Vaccination in Burma 1900-1911 - 1900-1911
Year: 1900
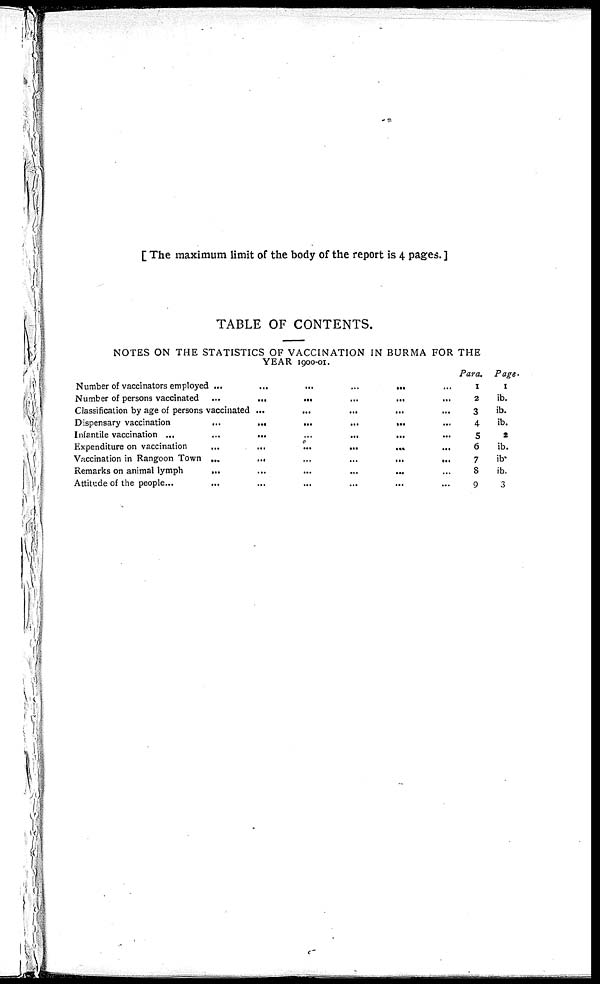
[ The maximum limit of the body of the report is 4 pages. ]
TABLE OF CONTENTS.
NOTES ON THE STATISTICS OF VACCINATION IN BURMA FOR THE
YEAR 1900-01.
Number of vaccinators employed
...
...
...
...
...
...
Number of persons vaccinated
...
...
...
...
...
...
Classification by age of persons vaccinated
...
...
...
...
...
...
Dispensary vaccination
...
...
...
...
...
...
Infantile vaccination
...
...
...
...
...
...
Expenditure on vaccination
...
...
...
...
...
...
Vaccination in Rangoon Town
...
...
...
...
...
...
Remarks on animal lymph
...
...
...
...
...
...
Attitude of the people ... ... ... ... ... ...
Para,
1
2
3
4
5
6
7
8
9
Page.
1
ib.
ib.
ib.
2
ib.
ib.
ib.
3